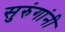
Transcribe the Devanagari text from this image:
सुरुंगांनी